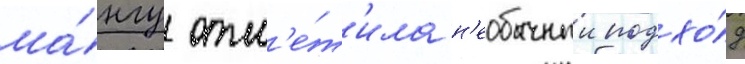
ма́нгу отм'е́т'ила н'еобычныи подхо́д